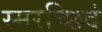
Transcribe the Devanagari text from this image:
स्मरच्छिदं